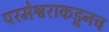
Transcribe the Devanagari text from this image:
परमेश्वराकडूनच